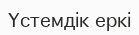
Үстемдік еркі